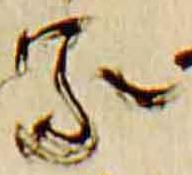
家